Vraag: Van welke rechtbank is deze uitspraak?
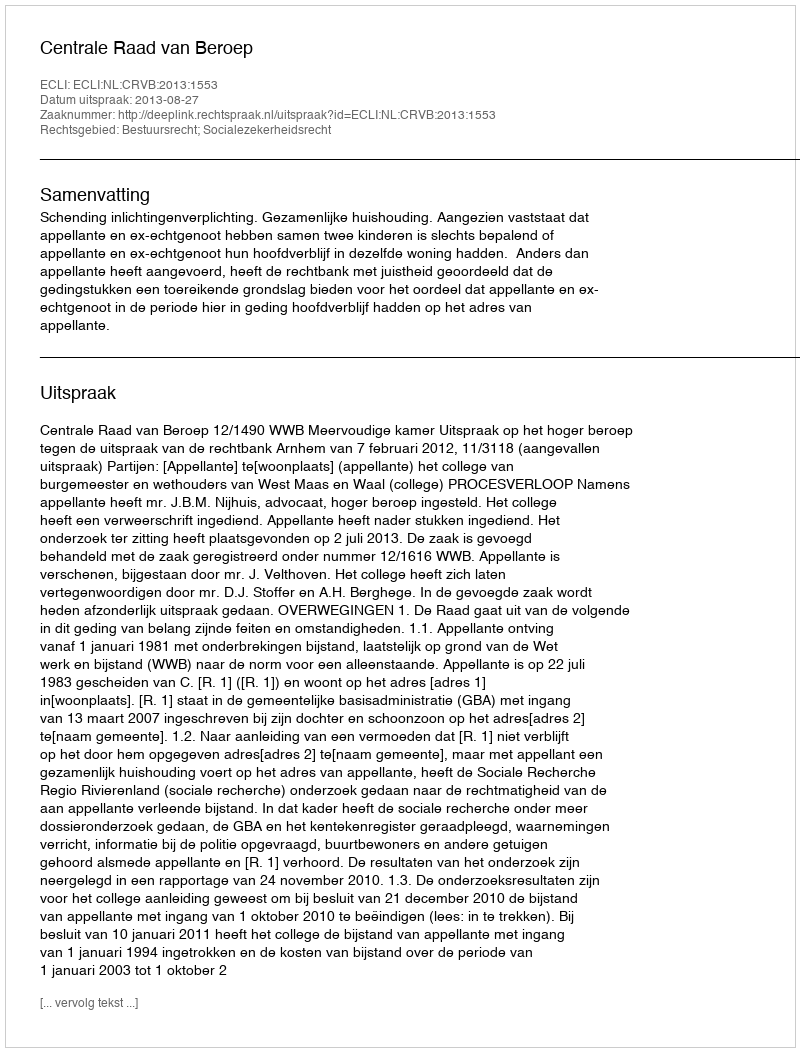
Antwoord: Centrale Raad van Beroep